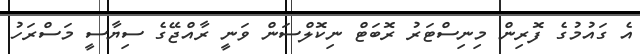
އެ ގައުމުގެ ފޮރިން މިނިސްޓަރު ރޮބަޓް ނިކޮލްސަން ވަނީ ރާއްޖޭގެ ސިޔާސީ މަސްރަހު